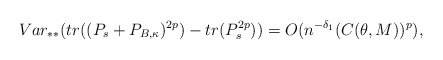
\begin{align*} Var_{**}(tr((P_s+P_{B,\kappa})^{2p})-tr(P_s^{2p}))=O(n^{-\delta_1}(C(\theta,M))^{p}),\end{align*}